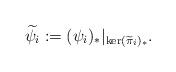
LaTeX: \begin{align*}\widetilde{\psi}_i:=(\psi_i)_\ast|_{\ker (\widetilde{\pi}_{i})_\ast}.\end{align*}